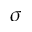
\boldsymbol { \sigma }